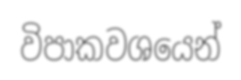
විපාකවශයෙන්